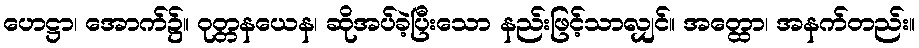
ဟေဋ္ဌာ၊ အောက်၌။ ဝုတ္တနယေန၊ ဆိုအပ်ခဲ့ပြီးသော နည်းဖြင့်သာလျှင်။ အတ္ထော၊ အနက်တည်း။